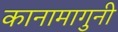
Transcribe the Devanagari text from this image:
कानामागुनी